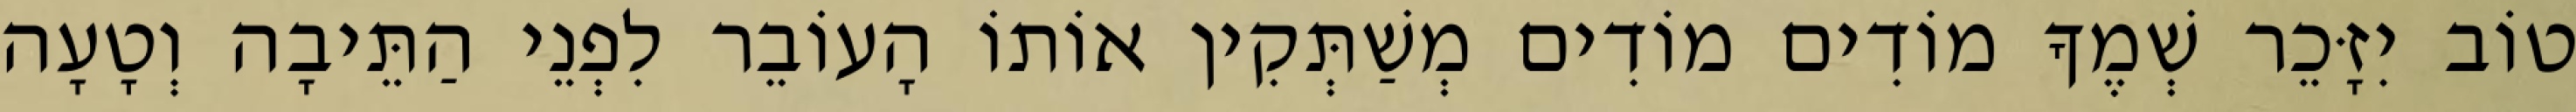
טוֹב יִזָּכֵר שְׁמֶךָ מוֹדִים מוֹדִים מְשַׁתְּקִין אוֹתוֹ הָעוֹבֵר לִפְנֵי הַתֵּיבָה וְטָעָה